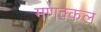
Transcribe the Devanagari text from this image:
मणक्कल